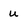
Character: u